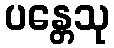
ပန္တေသု